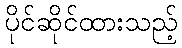
ပိုင်ဆိုင်ထားသည့်